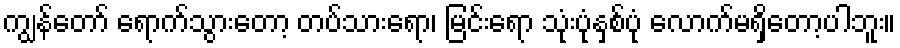
ကျွန်တော် ရောက်သွားတော့ တပ်သားရော၊ မြင်းရော သုံးပုံနှစ်ပုံ လောက်မရှိတော့ပါဘူး။